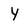
Character: Y